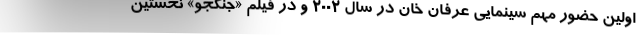
اولین حضور مهم سینمایی عرفان خان در سال ۲۰۰۲ و در فیلم «جنگجو» نخستین